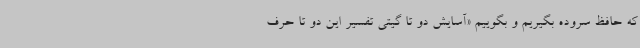
که حافظ سروده بگیریم و بگوییم «آسایش دو تا گیتی تفسیر این دو تا حرف